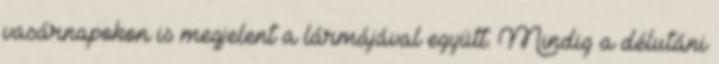
vasárnapokon is megjelent a lármájával együtt. Mindig a délutáni